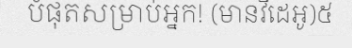
បំផុតសម្រាប់អ្នក! (មានវីដេអូ)៥